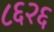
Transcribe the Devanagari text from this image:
८६२६